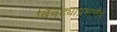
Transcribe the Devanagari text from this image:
बिबट्याप्रमाणेच